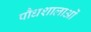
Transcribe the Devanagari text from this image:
पौधशालाओं